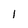
Character: 1